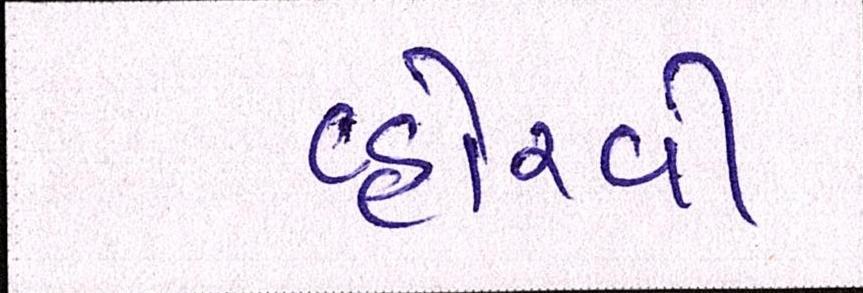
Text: વ્હોરવી